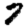
Digit: 7